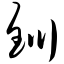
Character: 钏